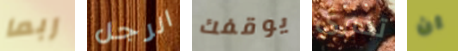
ربما الرجل يوقفك تخبرى ان